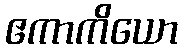
ဧကာကိယော